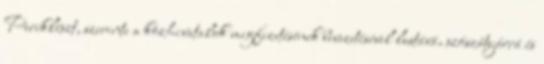
Periklészt, szerinte a közhivatalok megfizetésének bevezetésével lustává, szószátyárrá és